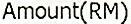
AMOUNT(RM)